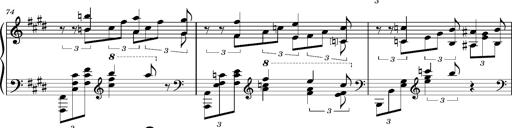
Title: PrÃ©ludes et Harmonies poÃ©tiques et religieuses
Composer: Franz Liszt